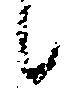
候